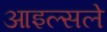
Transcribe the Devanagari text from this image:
आइल्सले